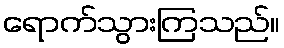
ရောက်သွားကြသည်။